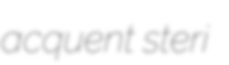
acquent steri